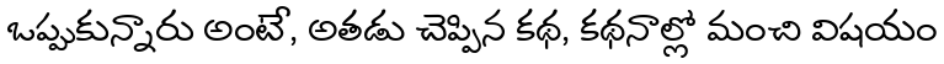
ఒప్పుకున్నారు అంటే, అతడు చెప్పిన కథ, కథనాల్లో మంచి విషయం